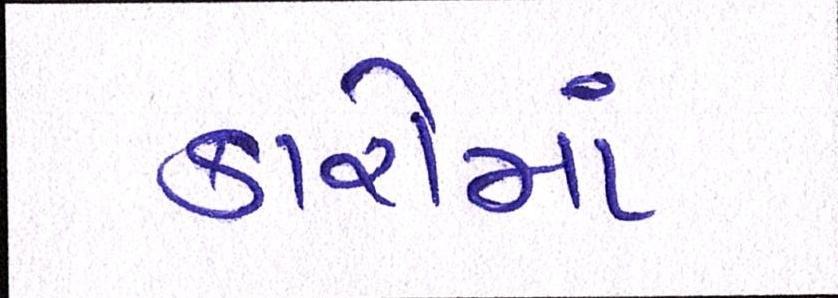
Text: કારોમાં